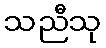
သညီသု